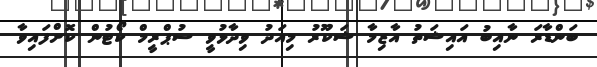
ބަންޑާރަ ނާއިބު އައިޝަތު އާޒިމާ ޝަކޫރު މިއަދު ވިދާޅުވީ ސުޕްރީމް ކޯޓުން ކޮށްފައިވާ